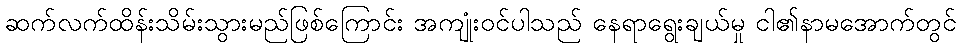
ဆက်လက်ထိန်းသိမ်းသွားမည်ဖြစ်ကြောင်း အကျုံးဝင်ပါသည် နေရာရွေးချယ်မှု ငါ၏နာမအောက်တွင်